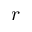
r